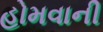
હોમવાની